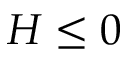
H \le 0